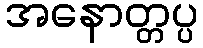
အနောတ္တပ္ပ